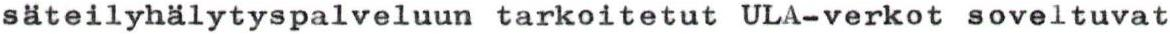
säteilyhälytyspalveluun tarkoitetut ULA-verkot soveltuvat